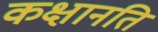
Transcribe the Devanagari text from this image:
कक्षानति